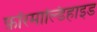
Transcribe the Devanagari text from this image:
फ़ॉरमाल्डिहाइड